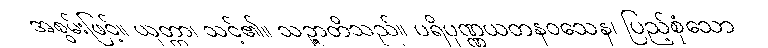
အစွမ်းဖြင့်။ ယုတ္တာ၊ သင့်၏။ သဉ္ဇာတိသည်။ ပရိပုဏ္ဏယတနဝသေန၊ ပြည့်စုံသော